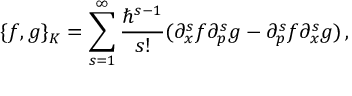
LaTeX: \{ f , g \} _ { K } = \sum _ { s = 1 } ^ { \infty } { \frac { \hbar ^ { s - 1 } } { s ! } } ( \partial _ { x } ^ { s } f \partial _ { p } ^ { s } g - \partial _ { p } ^ { s } f \partial _ { x } ^ { s } g ) \, ,